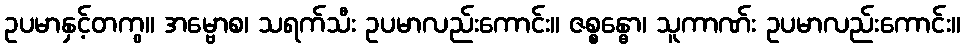
ဥပမာနှင့်တကွ။ အမ္ဗောစ၊ သရက်သီး ဥပမာလည်းကောင်း။ ဇစ္စန္ဓော၊ သူကာဏ်း ဥပမာလည်းကောင်း။